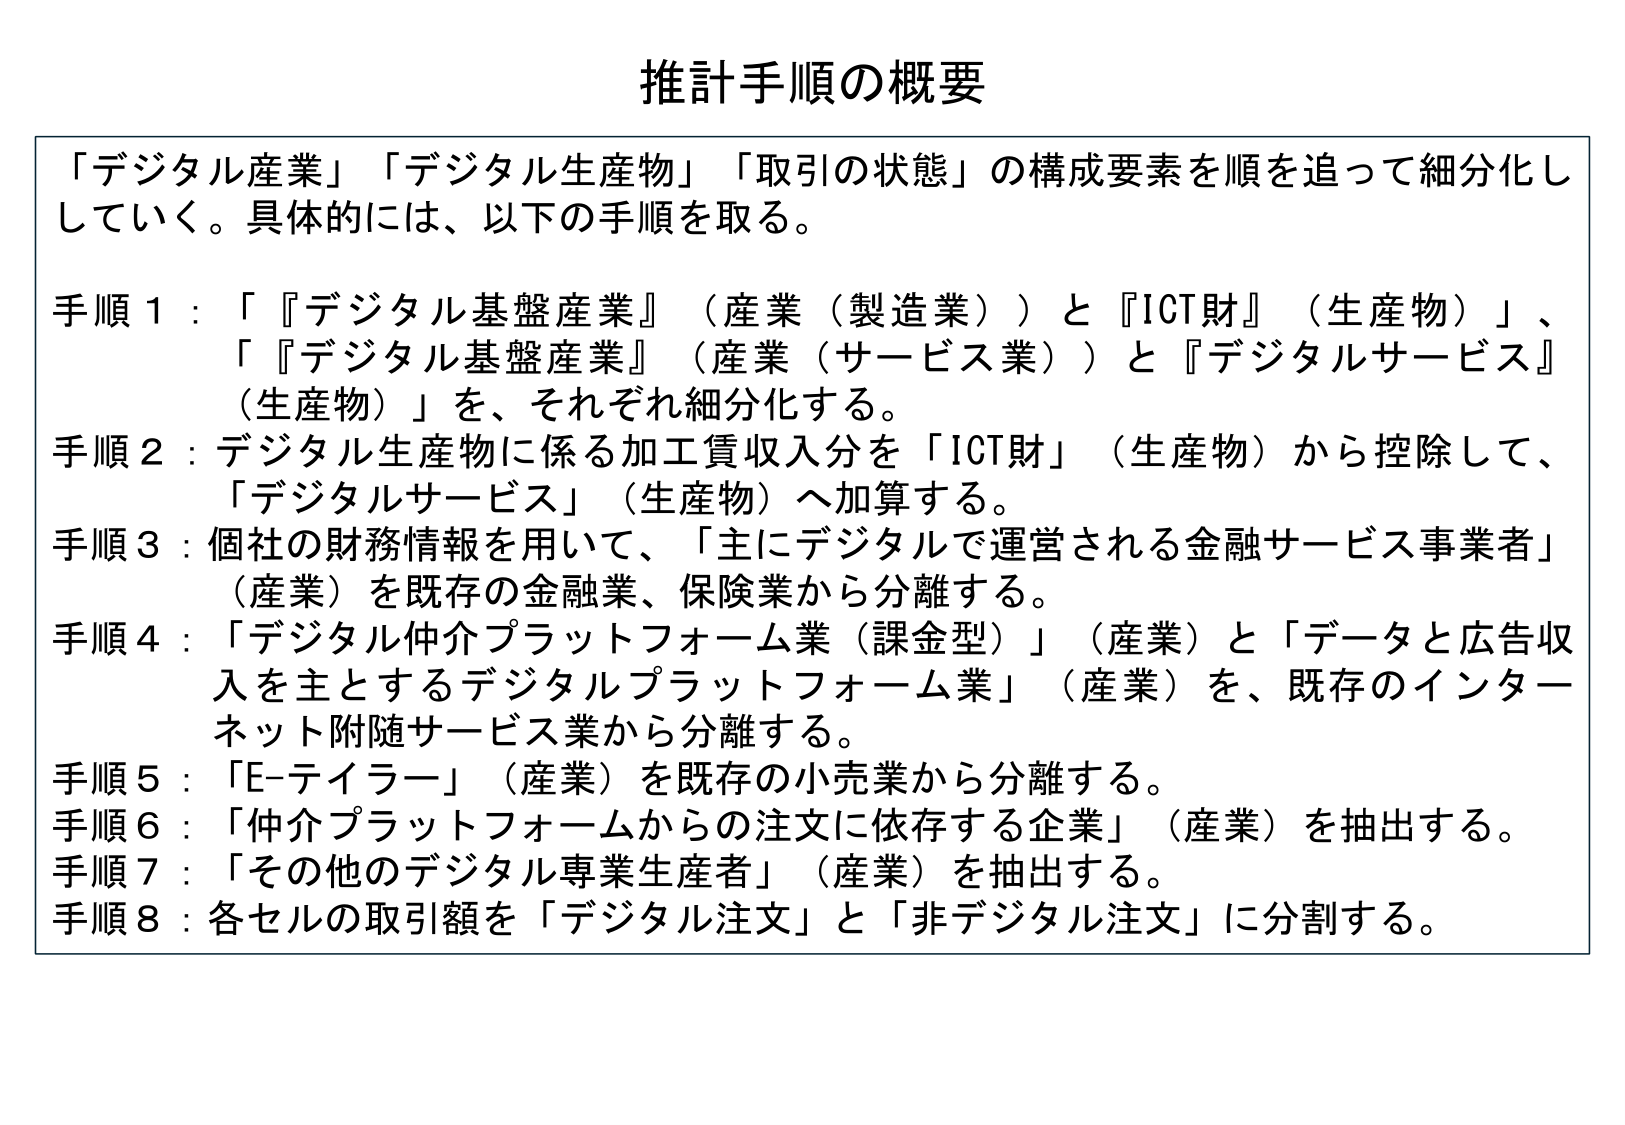
推計手順の概要

「デジタル産業」「デジタル生産物」「取引の状態」の構成要素を順を追って細分化していく。具体的には、以下の手順を取る。

手順１：「『デジタル基盤産業』（産業（製造業））と『ICT財』（生産物）」、「『デジタル基盤産業』（産業（サービス業））と『デジタルサービス』（生産物）」を、それぞれ細分化する。

手順２：デジタル生産物に係る加工賃収入分を「ICT財」（生産物）から控除して、「デジタルサービス」（生産物）へ加算する。

手順３：個社の財務情報を用いて、「主にデジタルで運営される金融サービス事業者」（産業）を既存の金融業、保険業から分離する。

手順４：「デジタル仲介プラットフォーム業（課金型）」（産業）と「データと広告収入を主とするデジタルプラットフォーム業」（産業）を、既存のインターネット附随サービス業から分離する。

手順５：「E-テイラー」（産業）を既存の小売業から分離する。

手順６：「仲介プラットフォームからの注文に依存する企業」（産業）を抽出する。

手順７：「その他のデジタル専業生産者」（産業）を抽出する。

手順８：各セルの取引額を「デジタル注文」と「非デジタル注文」に分割する。